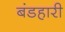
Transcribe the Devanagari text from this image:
बंडहारी